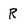
Character: R